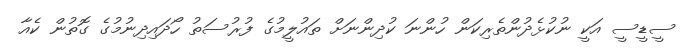
ސީޑީސީ އަކީ ނުކުޅެދުންތެރިކަން ހުންނަ ކުދިންނަށް ތައުލީމުގެ ފުރުސަތު ހޯދައިދިނުމުގެ ގޮތުން ކެއާ